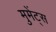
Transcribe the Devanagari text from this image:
मुमेंट्स